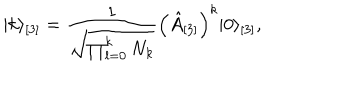
\vert k \rangle _ { [ 3 ] } = \frac { 1 } { \sqrt { \prod _ { l = 0 } ^ { k } N _ { k } } } \Bigl ( \hat { A } _ { [ 3 ] } \Bigr ) ^ { k } \vert 0 \rangle _ { [ 3 ] } ,